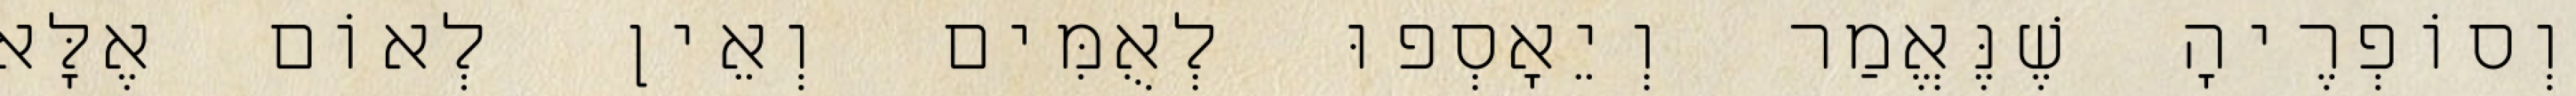
וְסוֹפְרֶיהָ שֶׁנֶּאֱמַר וְיֵאָסְפוּ לְאֻמִּים וְאֵין לְאוֹם אֶלָּא